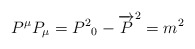
\begin{align*}P^{\mu}P_{\mu} = {P^2}_{0} -{\overrightarrow{P}}^2 = m^2\end{align*}